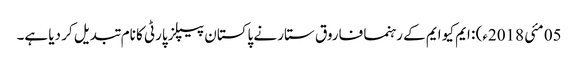
05 مئی 2018ء) : ایم کیو ایم کے رہنما فاروق ستار نے پاکستان پیپلز پارٹی کا نام تبدیل کر دیا ہے۔